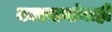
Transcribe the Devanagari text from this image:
कारवायांनाही